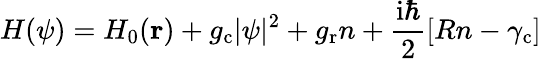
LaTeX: H(\psi)=H_{0}(\textbf{r})+g_{\mathrm{c}}|\psi|^{2}+g_{\mathrm{r}}n+\frac{\mathrm{i}\hbar}{2}[Rn-\gamma_{\mathrm{c}}]